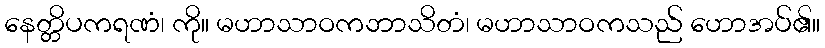
နေတ္တိပကရဏံ၊ ကို။ မဟာသာဝကဘာသိတံ၊ မဟာသာဝကသည် ဟောအပ်၏။